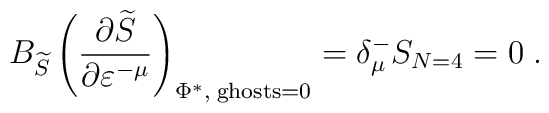
B_{\widetilde{S}}\left( \frac{\partial \widetilde{S}}{\partial \varepsilon^{-\mu }}\right) _{\Phi ^{*},\;\mathrm{ghosts}=0}=\delta _\mu^{-}S_{N=4}=0\;.